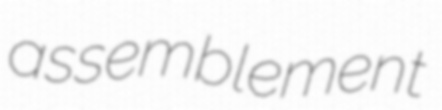
assemblement